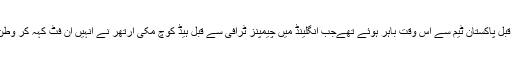
عمر اکمل پندرہ ماہ قبل پاکستان ٹیم سے اس وقت باہر ہوئے تھےجب انگلینڈ میں چیمپنز ٹرافی سے قبل ہیڈ کوچ مکی آرتھر نے انہیں ان فٹ کہہ کر وطن واپس بھیج دیا تھا۔